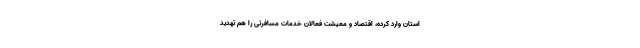
استان وارد کرده، اقتصاد و معیشت فعالان خدمات مسافرتی را هم تهدید